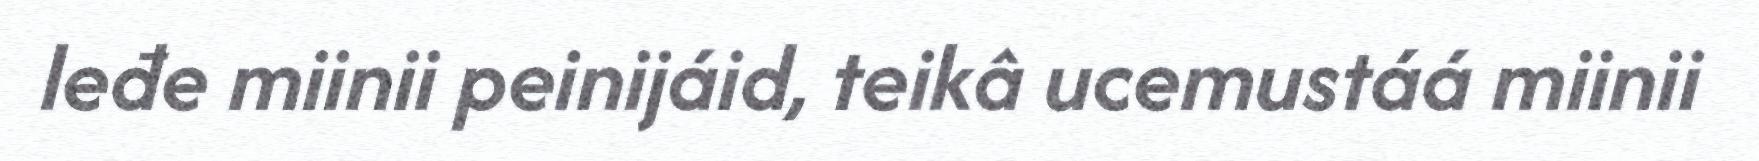
leđe miinii peinijáid, teikâ ucemustáá miinii